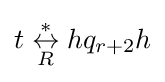
t\mathrel {\overset {*}{\underset {R}{\leftrightarrow }}} hq_{r+2}h